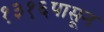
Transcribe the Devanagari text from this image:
१३१६पासून